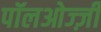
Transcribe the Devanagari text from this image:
पॉलओज्ज़ी